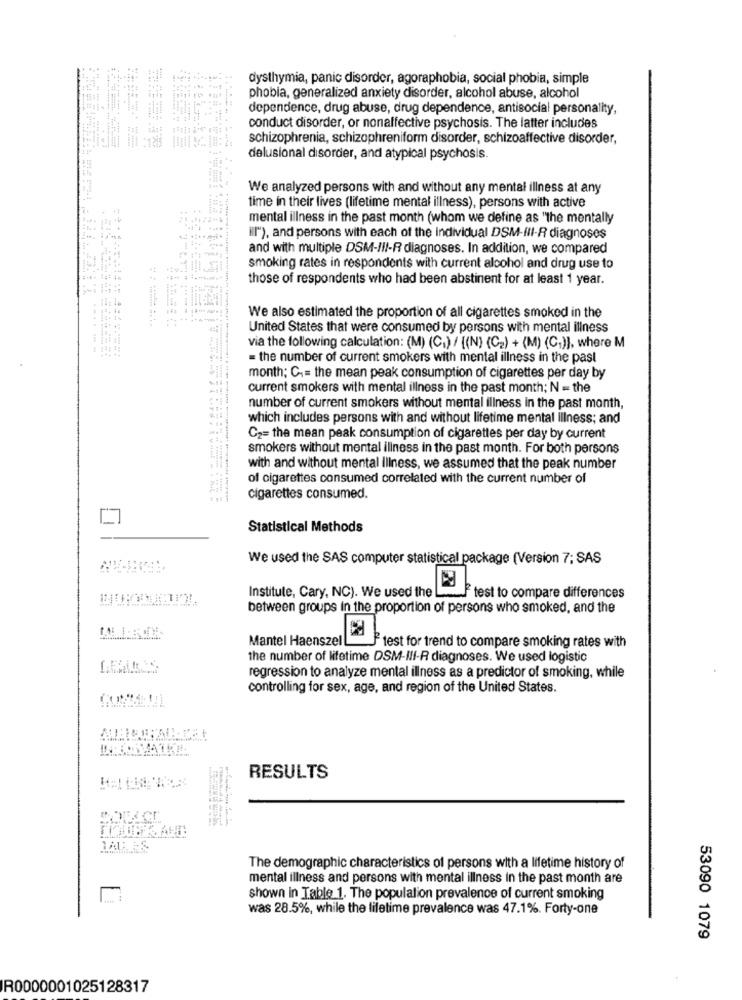
1444
4
dysthymia, panic disorder, agoraphobia, social phobia, simple
phobia, generalized anxiety disorder, alcohol abuse, alcohol
dependence, drug abuse, drug dependence, antisocial personality,
conduct disorder, or nonaffective psychosis. The latter includes
- --
schizophrenia, schizophreniform disorder, schizoaffective disorder,
delusional disorder, and atypical psychosis.
We analyzed persons with and without any mental illness at any
time in their lives (lifetime mental illness), persons with active
mental illness in the past month (whom we define as "the mentally
"I"), and persons with each of the individual DSM-III-R diagnoses
and with multiple DSM-III-R diagnoses. In addition, we compared
smoking rates in respondents with current alcohol and drug use to
those of respondents who had been abstinent for at least 1 year.
We also estimated the proportion of all cigarettes smoked in the
United States that were consumed by persons with mental illness
via the following calculation: (M) (C.) / {(N) (Cz) + (M) (C.)], where M
= the number of current smokers with mental illness in the past
month; C = the mean peak consumption of cigarettes per day by
current smokers with mental illness in the past month; N = the
number of current smokers without mental illness in the past month,
which includes persons with and without lifetime mental Illness; and
C2= the mean peak consumption of cigarettes per day by current
smokers without mental illness in the past month. For both persons
with and without mental Illness, we assumed that the peak number
of cigarettes consumed correlated with the current number of
cigarettes consumed.
Statistical Methods
We used the SAS computer statistical package (Version 7; SAS
Institute, Cary, NC). We used the
F test to compare differences
between groups in the proportion of persons who smoked, and the
Mantel HaenszelL
Jtest for trend to compare smoking rates with
the number of lifetime DSM-III-R diagnoses. We used logistic
regression to analyze mental illness as a predictor of smoking, while
controlling for sex, age, and region of the United States.
RESULTS
ALLES
The demographic characteristics of persons with a lifetime history of
mental illness and persons with mental illness in the past month are
shown in Table 1. The population prevalence of current smoking
was 28.5%, while the lifetime prevalence was 47.1%. Forty-one
53090 1079
R0000001025128317